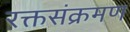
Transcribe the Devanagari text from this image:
रक्तसंक्रमण